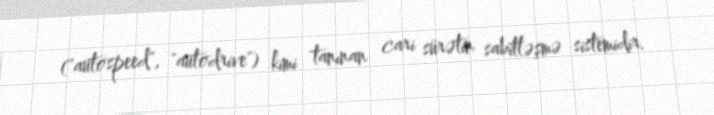
("autospeed", "autodrive") kimi tanınan cari sürətin sabitləşmə sistemidir.